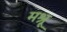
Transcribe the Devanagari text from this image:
मश्रू